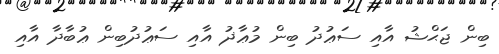
ބިން ޖަޙްޝު އާއި ސަޢުދު ބިން މުޢާޛު އާއި ސަޢުދުބިން ޢުބާދާ އާއި